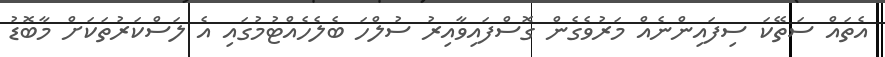
އެތައް ސަތޭކަ ސިފައިންނެއް މަރުވެގެން ގޮސްފައިވާއިރު ސުލްހަ ބެލެހެއްޓުމުގައި އެ ލަސްކަރުތަކަށް މާބޮޑު